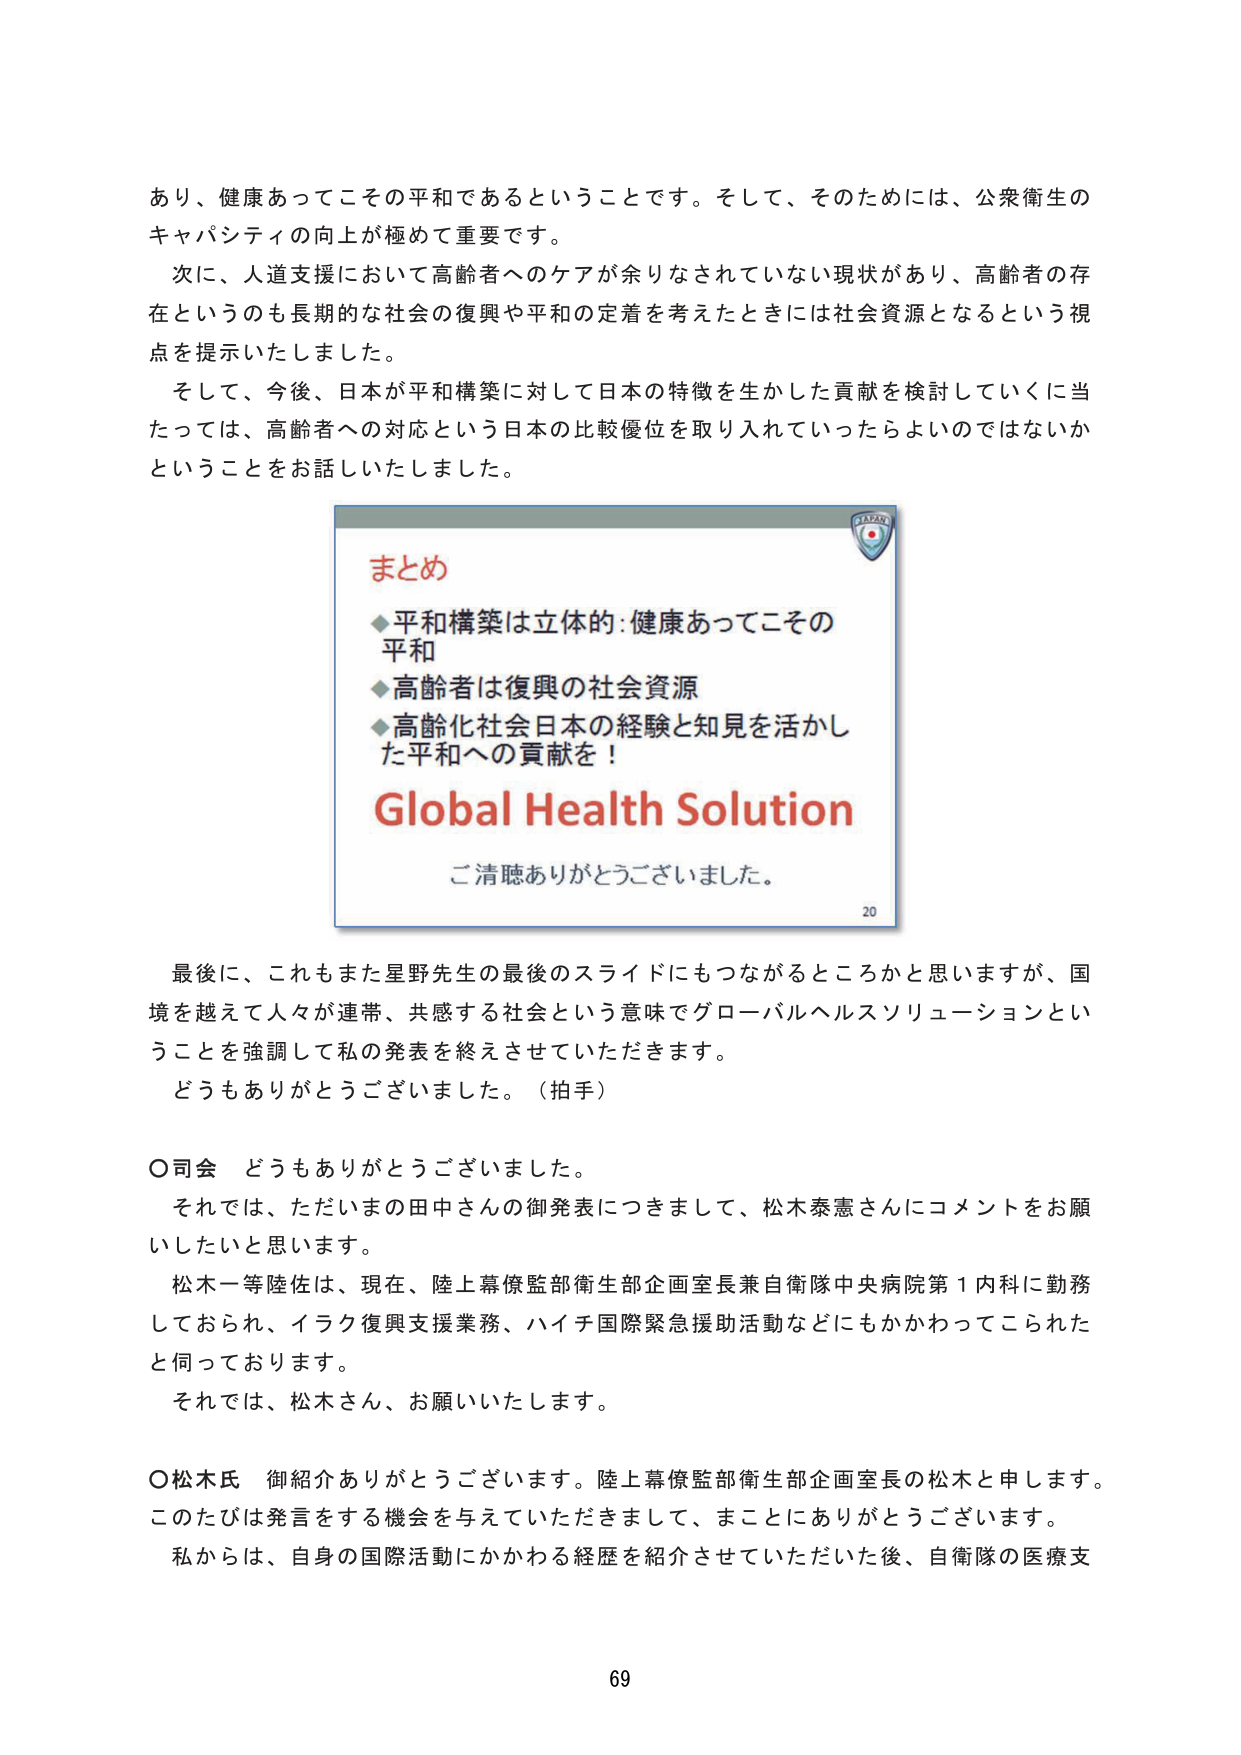
あり、健康あってこそその平和であるということです。そして、そのためには、公衆衛生の
キャパシティの向上が極めて重要です。
次に、人道支援において高齢者へのケアが余りなされていない現状があり、高齢者の存
在というのも長期的な社会の復興や平和の定着を考えたときには社会資源となるという視
点を提示いたしました。
そして、今後、日本が平和構築に対して日本の特徴を生かした貢献を検討していくに当
たっては、高齢者への対応という日本の比較優位を取り入れていったらよいのではないか
ということをお話しいたしました。

まとめ
◆平和構築は立体的：健康あってこその
平和
◆高齢者は復興の社会資源
◆高齢化社会日本の経験と知見を活かし
た平和への貢献を！
Global Health Solution
ご清聴ありがとうございました。

最後に、これもまた星野先生の最後のスライドにもつながるところかと思いますが、国
境を越えて人々が連帯、共感する社会という意味でグローバルヘルスソリューションとい
うことを強調して私の発表を終えさせていただきます。
どうもありがとうございました。（拍手）

○司会　どうもありがとうございました。
それでは、ただいまの田中さんの御発表につきまして、松木泰憲さんにコメントをお願
いしたいと思います。
松木一等陸佐は、現在、陸上幕僚監部衛生部企画室長兼自衛隊中央病院第１内科に勤務
しておられ、イラク復興支援業務、ハイチ国際緊急援助活動などにもかかわってこられた
と伺っております。
それでは、松木さん、お願いいたします。

○松木氏　御紹介ありがとうございます。陸上幕僚監部衛生部企画室長の松木と申します。
このたびは発言をする機会を与えていただきまして、まことにありがとうございます。
私からは、自身の国際活動にかかわる経歴を紹介させていただいた後、自衛隊の医療支

69